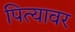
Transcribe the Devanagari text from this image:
पित्यावर